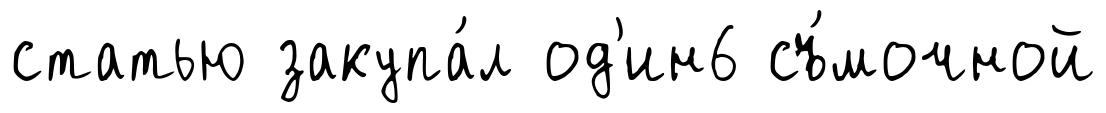
статью закупа́л од'ин6 съ́мочной